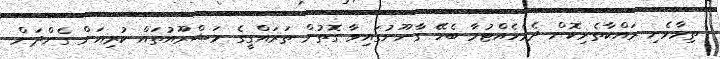
ތިމާވެށި ރައްކާތެރިކޮށް ދެމެހެއްޓުމާ ބެހޭ ގާނޫނުގައިވާ ގޮތުން ތަރައްގީގެ މަޝްރޫއުތައް ކުރިއަށް ގެންދަން